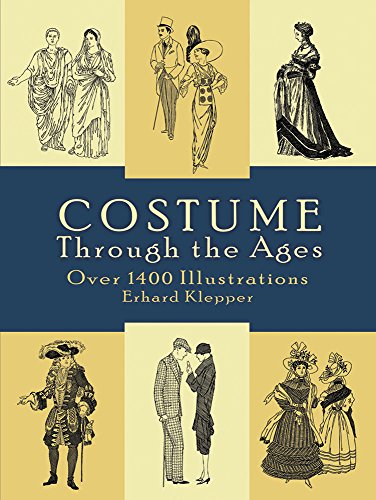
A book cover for Costume Through the Ages: Over 1400 Illustrations (Dover Fashion and Costumes); Erhard Klepper; Crafts, Hobbies & Home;